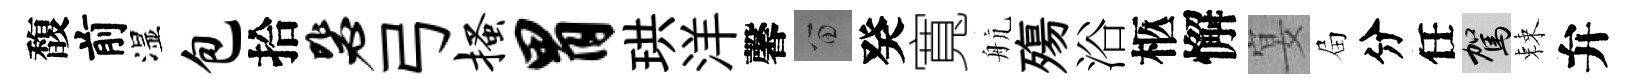
馥前湿包拾毖弓搔胃珙洋馨留癸寬航殤浴柩懈宴屇分任駕棘弁